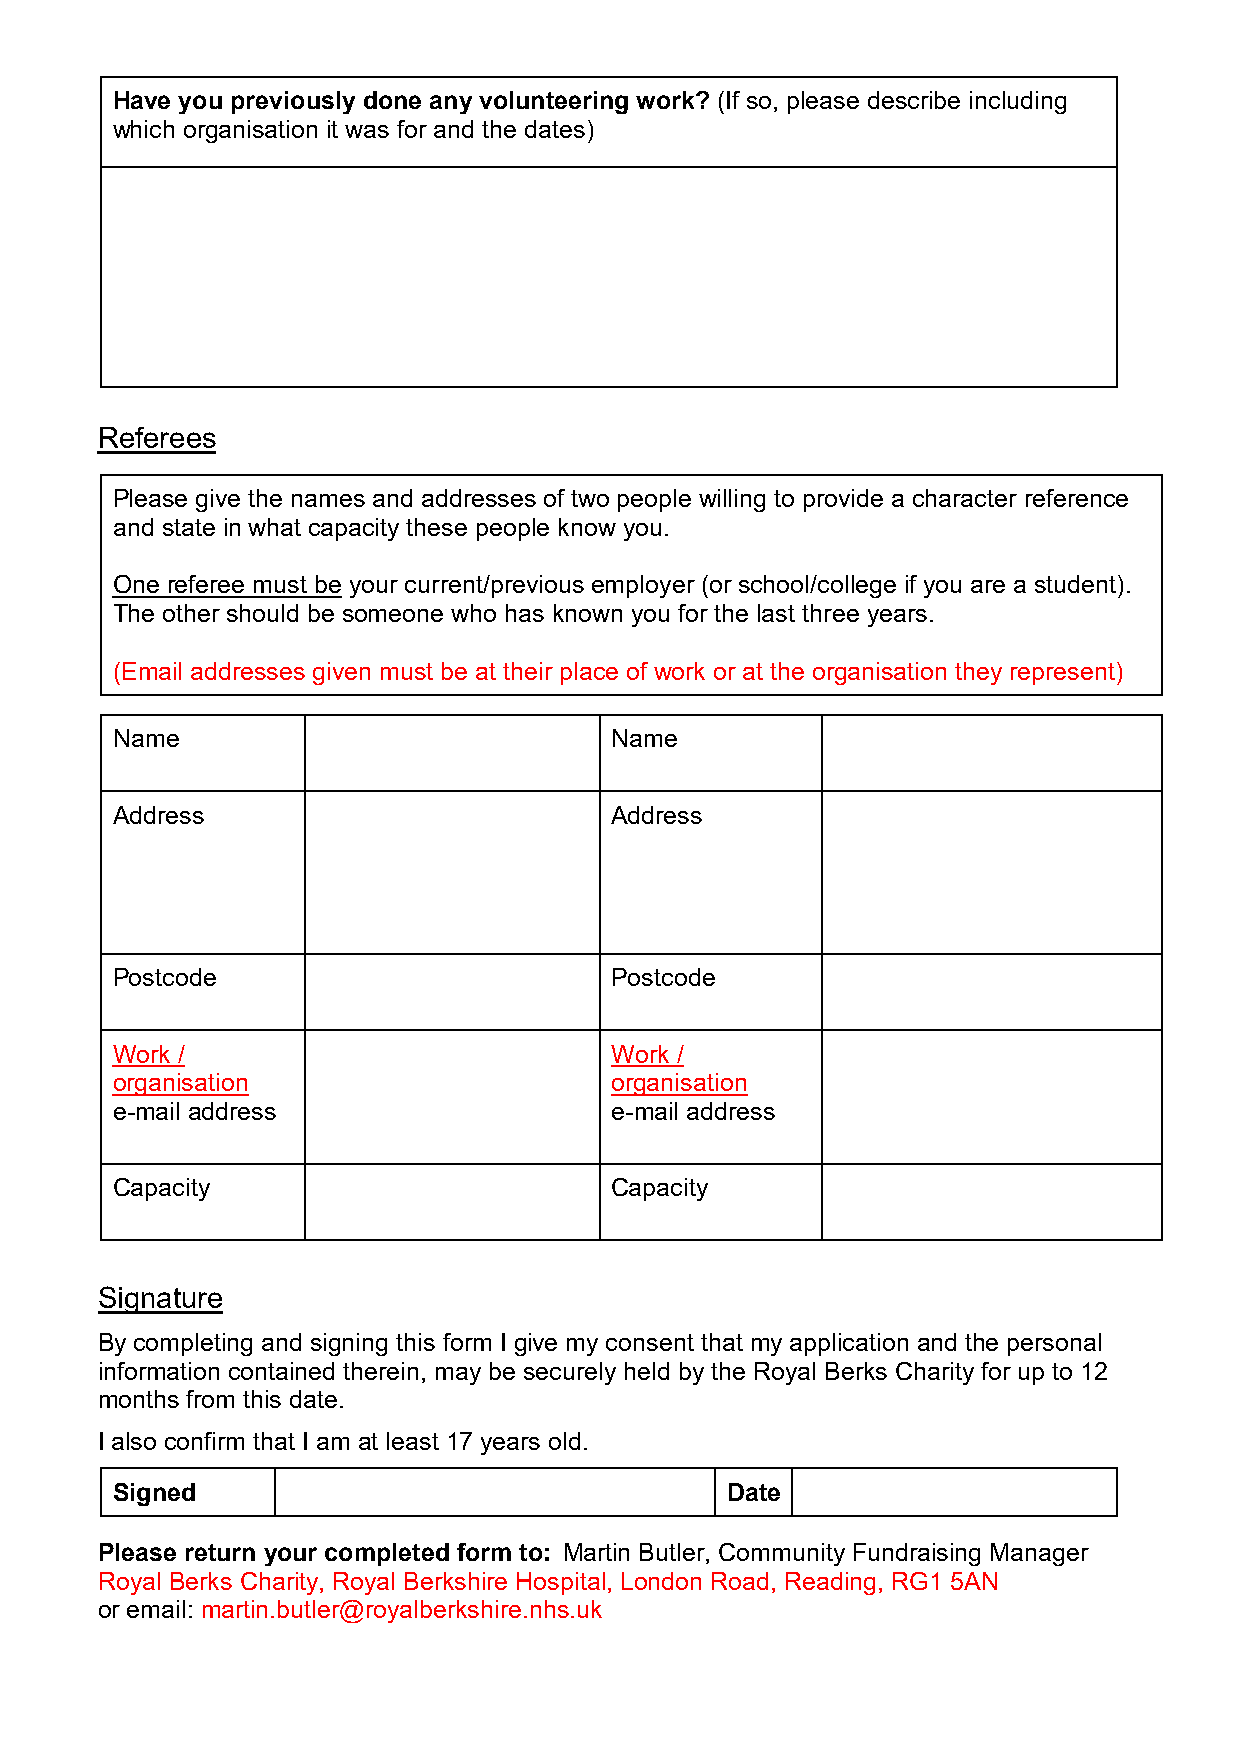
Have you previously done any volunteering work? (If so, please describe including
 which organisation it was for and the dates)
 Referees
 Please give the names and addresses of two people willing to provide a character reference
 and state in what capacity these people know you.
 One referee must be your current/previous employer (or school/college if you are a student).
 The other should be someone who has known you for the last three years.
 (Email addresses given must be at their place of work or at the organisation they represent)
 Name                             Name
 Address                          Address
 Postcode                         Postcode
 Work /                           Work /
 organisation                     organisation
 e-mail address                   e-mail address
 Capacity                         Capacity
 Signature
 By completing and signing this form I give my consent that my application and the personal
 information contained therein, may be securely held by the Royal Berks Charity for up to 12
 months from this date.
 I also confirm that I am at least 17 years old.
 Signed                                   Date
 Please return your completed form to: Martin Butler, Community Fundraising Manager
 Royal Berks Charity, Royal Berkshire Hospital, London Road, Reading, RG1 5AN
 or email: martin.butler@royalberkshire.nhs.uk